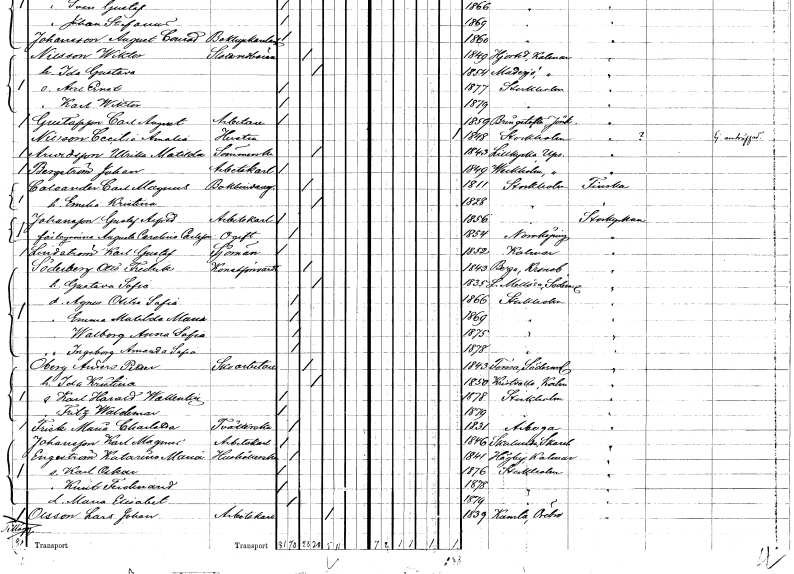
gt_parse: households: individuals: FN: Ulrika Matilda
EN: Arvidsson
YRKE: Sömmerska
KON: K
CIV: G
FODAR: 1843
FODFORS: Lillkyrka Uppsala län
FN: Johan
EN: Bergström
YRKE: Arbetskarl
KON: M
CIV: O
FODAR: 1849
FODFORS: Veckholm Uppsala län
FN: Carl Magnus
EN: Carlsander
YRKE: Bokbindaregesäll
KON: M
CIV: G
FODAR: 1811
FODFORS: Stockholm
FN: Emilia Kristina
KON: K
CIV: G
FODAR: 1828
FODFORS: Stockholm
FN: Gustaf Alfred
EN: Johansson
YRKE: Arbetskarl
KON: M
CIV: O
FODAR: 1856
FODFORS: Stockholm
FN: Augusta Carolina
EN: Carlsson
KON: K
CIV: O
FODAR: 1854
FODFORS: Norrköping Östergötlands län
FN: Karl Gustaf
EN: Lindström
YRKE: Sjöman
KON: M
CIV: O
FODAR: 1852
FODFORS: Kalmar Kalmar län
FN: Otto Fredrik
EN: Söderberg
YRKE: Konstförvandt
KON: M
CIV: G
FODAR: 1843
FODFORS: Berga Kronobergs län
FN: Gustava Sofia
KON: K
CIV: G
FODAR: 1835
FODFORS: Lilla Mellösa Södermanlands län
FN: Agnes Otilia Sofia
KON: K
CIV: O
FODAR: 1866
FODFORS: Stockholm
FN: Emma Matilda Maria
KON: K
CIV: O
FODAR: 1869
FODFORS: Stockholm
FN: Walborg Anna Sofia
KON: K
CIV: O
FODAR: 1875
FODFORS: Stockholm
FN: Ingeborg Amanda Sofia
KON: K
CIV: O
FODAR: 1878
FODFORS: Stockholm
FN: Anders Petter
EN: Öberg
YRKE: Skoarbetare
KON: M
CIV: G
FODAR: 1843
FODFORS: Forssa Södermanlands län
FN: Ida Kristina
KON: K
CIV: G
FODAR: 1850
FODFORS: Kristvalla Kalmar län
FN: Karl Harald Wallentin
KON: M
CIV: O
FODAR: 1878
FODFORS: Stockholm
FN: Fritz Waldemar
KON: M
CIV: O
FODAR: 1879
FODFORS: Stockholm
FN: Maria Charlotta
EN: Frisk
YRKE: Tvätterska
KON: K
CIV: O
FODAR: 1831
FODFORS: Arboga Västmanlands län
FN: Karl Magnus
EN: Johansson
YRKE: Arbetskarl
KON: M
CIV: O
FODAR: 1846
FODFORS: Skalunda Skaraborgs län
FN: Katarina Maria
EN: Engström
YRKE: Hushållerska
KON: K
CIV: O
FODAR: 1841
FODFORS: Högby Kalmar län
FN: Karl Oskar
KON: M
CIV: O
FODAR: 1876
FODFORS: Stockholm
FN: Knut Ferdinand
KON: M
CIV: O
FODAR: 1878
FODFORS: Stockholm
FN: Maria Elisabet
KON: K
CIV: O
FODAR: 1879
FODFORS: Stockholm
FN: Lars Johan
EN: Olsson
YRKE: Arbetskarl
KON: M
CIV: E
FODAR: 1839
FODFORS: Kumla Örebro län